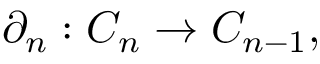
\partial _ { n } : C _ { n } \to C _ { n - 1 } ,